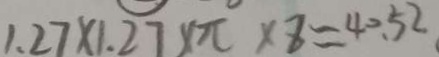
1 . 2 7 \times 1 . 2 7 \times \pi \times 8 \approx 4 0 . 5 2